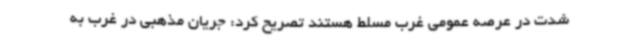
شدت در عرصه عمومی غرب مسلط هستند تصریح کرد: جریان مذهبی در غرب به